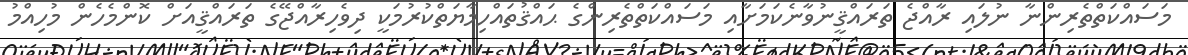
މަސައްކަތްތެރިންނާ ނުލައި ރާއްޖެ ތަރައްޤީނުވާނެކަމަށާއި މަސައްކަތްތެރިންގެ ޙައްޤުތައްހިމާޔަތްކުރުމަކީ ދިވެހިރާއްޖޭގެ ތަރައްޤީއަށް ކޮންމެހެން މުހިއްމު